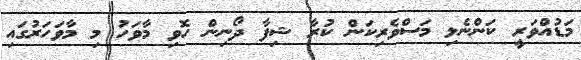
މަޑުއްވަރީ ކަންނެލި މަސްވެރިކަން ކުރާ ޝިފާ ދޯނިން ހޮވި މާވަހު މި މާވަހަރުގައި